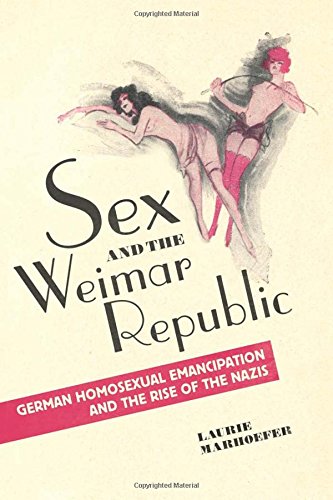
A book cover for Sex and the Weimar Republic: German Homosexual Emancipation and the Rise of the Nazis (German and European Studies); Laurie Marhoefer; Gay & Lesbian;